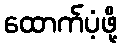
ထောက်ပံ့ဖို့